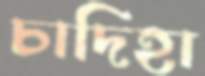
চাদিহা